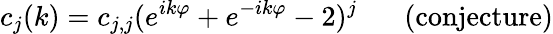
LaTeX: c_{j}(k)=c_{j,j}(e^{ik\varphi}+e^{-ik\varphi}-2)^{j}\; \; \; \; \; \; \mathrm{(conjecture)}